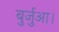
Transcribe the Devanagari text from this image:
बुर्जुआ।